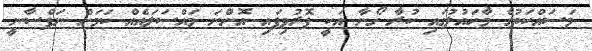
މަސައްކަތުގެ މާހައުލުގައި ކުރާ ގޯނާ އަކީ ފޮރުވިފައި އޮންނަ މައްސަލައެއް ކަމަށް ނަފްސާނީ